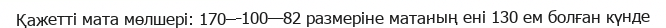
Қажетті мата мөлшері: 170—100—82 размеріне матаның ені 130 ем болған күнде